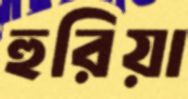
হুরিয়া